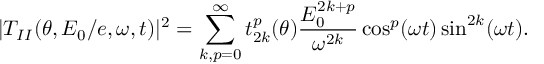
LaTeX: | T _ { I I } ( \theta , E _ { 0 } / e , \omega , t ) | ^ { 2 } = \sum _ { k , p = 0 } ^ { \infty } t _ { 2 k } ^ { p } ( \theta ) \frac { E _ { 0 } ^ { 2 k + p } } { \omega ^ { 2 k } } \cos ^ { p } ( \omega t ) \sin ^ { 2 k } ( \omega t ) .